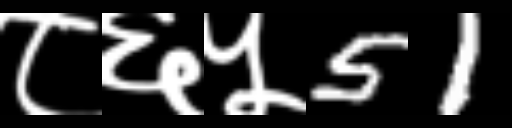
Text: ८६५51